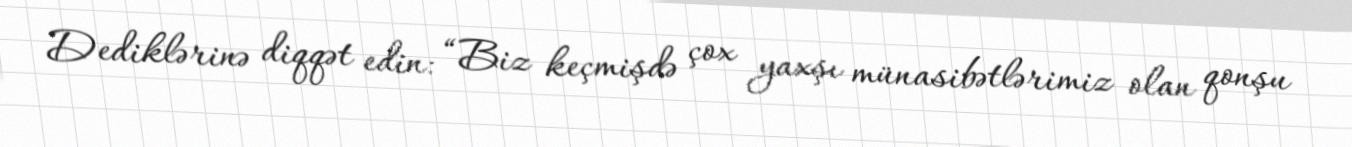
Dediklərinə diqqət edin: “Biz keçmişdə çox yaxşı münasibətlərimiz olan qonşu